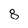
Character: 8